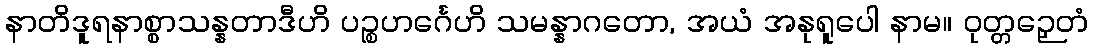
နာတိဒူရနာစ္စာသန္နတာဒီဟိ ပဉ္စဟင်္ဂေဟိ သမန္နာဂတော, အယံ အနုရူပေါ နာမ။ ဝုတ္တဉှေတံ